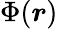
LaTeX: \Phi(\boldsymbol{r})